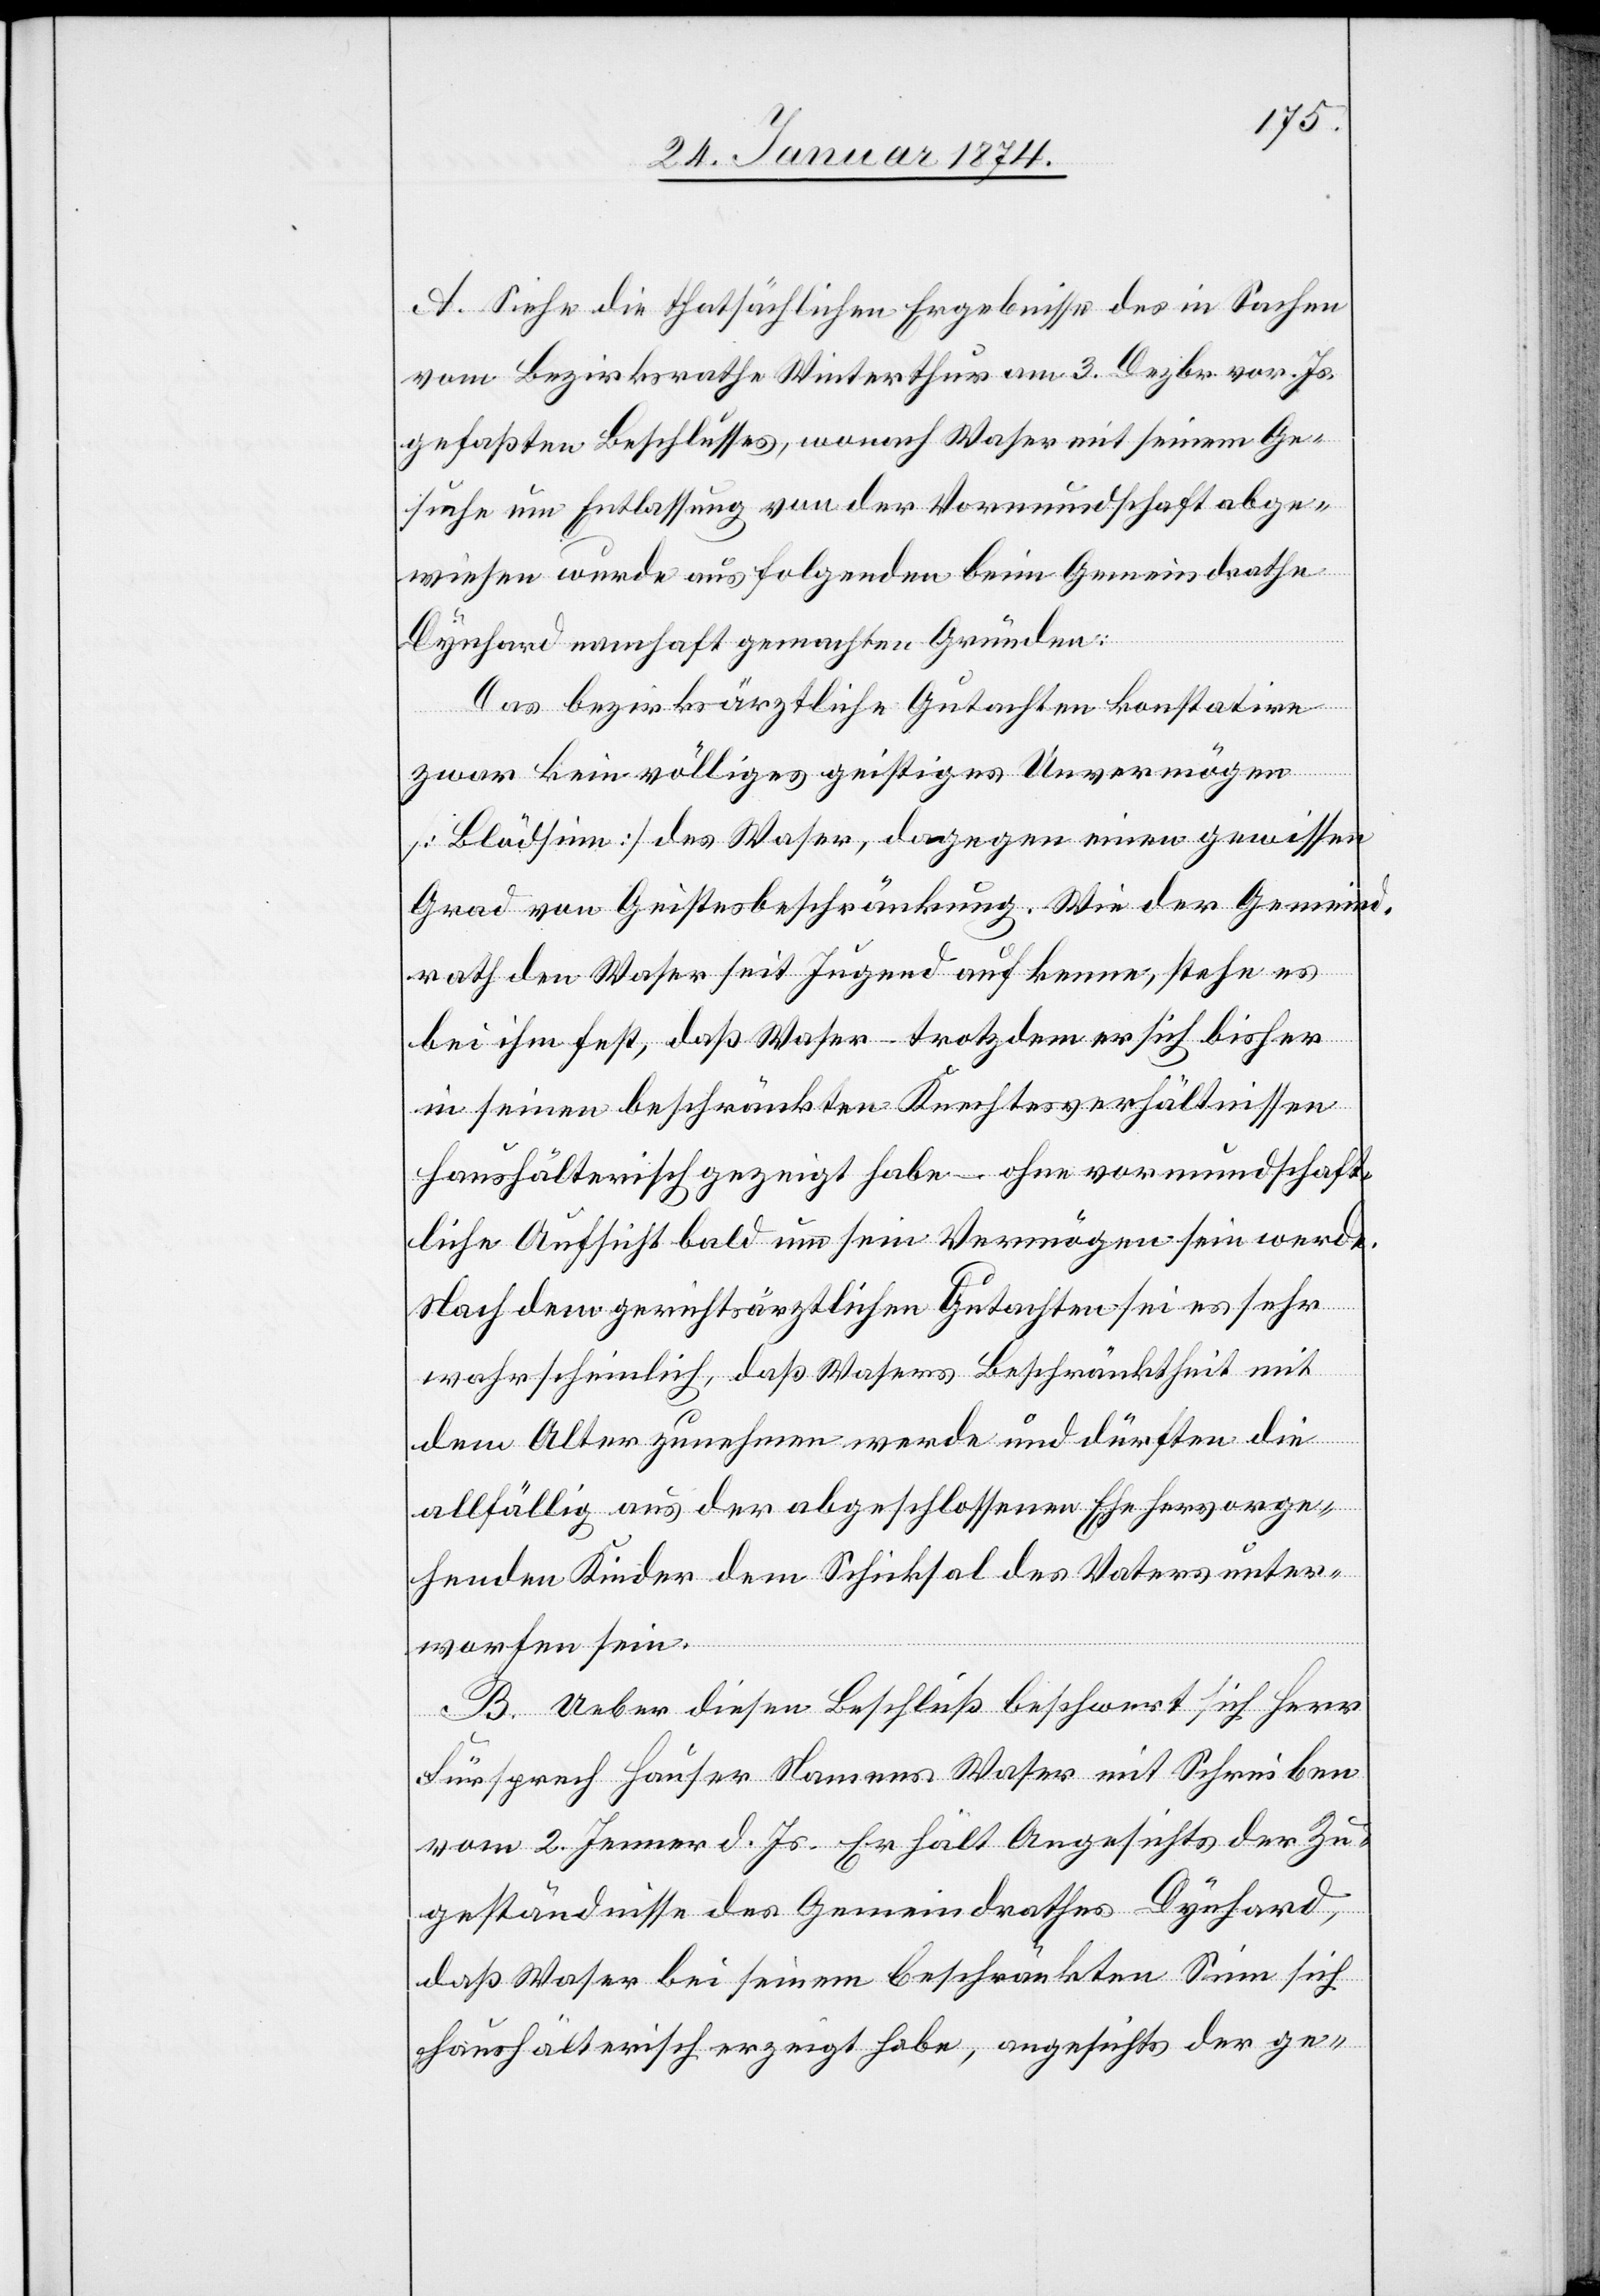
A. Siehe die thatsächlichen Ergebnisse des in Sachen
vom Bezirksrathe Winterthur am 3. Dezbr. vor. Js.
gefaßten Beschlusses, wonach Waser mit seinem Ge¬
suche um Entlassung von der Vormundschaft abge¬
wiesen wurde aus folgenden beim Gemeindrathe
Dynhard namhaft gemachten Gründen:
Das bezirksärztliche Gutachten konstatire
zwar kein völliges geistiges Unvermögen
[Blödsinn] des Waser, dagegen einen gewissen
Grad von Geistesbeschränkung. Wie der Gemeind¬
rath den Waser seit Jugend auf kenne, stehe es
bei ihm fest, daß Waser – trotzdem er sich bisher
in seinen beschränkten Rechtsverhältnissen
haushälterisch gezeigt habe – ohne vormundschaft¬
liche Aufsicht bald um sein Vermögen sein werde.
Nach dem gerichtsärztlichen Gutachten sei es sehr
wahrscheinlich, daß Wasers Beschränktheit mit
dem Alter zunehmen werde und dürften die
allfällig aus der abgeschlossenen Ehe hervorge¬
henden Kinder dem Schicksal des Vaters unter¬
worfen sein.
B. Ueber diesen Beschluß beschwert sich Herr
Fürsprech Hauser Namens Waser mit Schreiben
vom 2. Jenner d. Js. Er hält Angesichts der Zu¬
geständnisse des Gemeindrathes Dynhard,
daß Waser bei seinem beschränkten Sinn sich
haushälterisch erzeigt habe, angesichts der ge-